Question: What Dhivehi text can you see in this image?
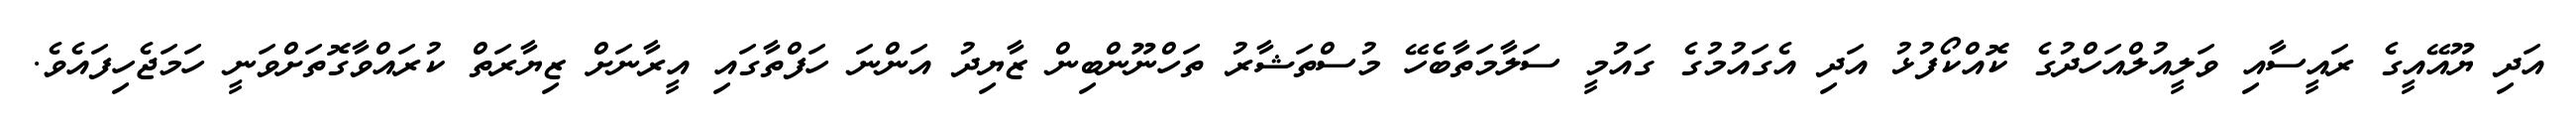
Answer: އަދި ޔޫއޭއީގެ ރައީސާއި ވަލީއުލްއަހްދުގެ ކޮއްކޯފުޅު އަދި އެގައުމުގެ ގައުމީ ސަލާމަތާބެހޭ މުސްތަޝާރު ތަހްނޫންބިން ޒާޔިދު އަންނަ ހަފްތާގައި އީރާނަށް ޒިޔާރަތް ކުރައްވާގޮތަށްވަނީ ހަމަޖެހިފައެވެ.